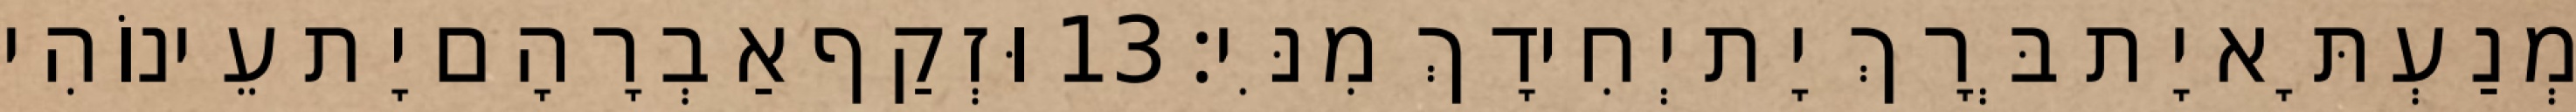
מְנַעְתָּא יָת בְּרָךְ יָת יְחִידָךְ מִנִּי׃ 13 וּזְקַף אַבְרָהָם יָת עֵינוֹהִי